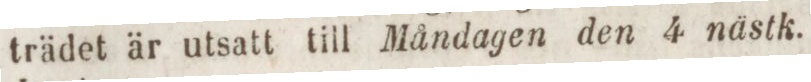
trädet är utsatt till Måndagen den 4 nästk.